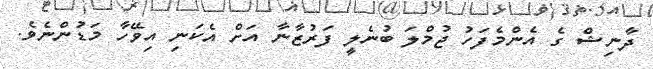
ދާނިޝް ގެ އެންމެފަހު ޖުމްލަ ބުނެލީ ފަރުޒާނާ އަށް އެކަނި އިވޭހާ މަޑުންނެވެ.